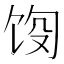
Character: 𬲵